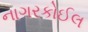
નાગરકોઈલ